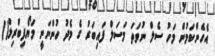
އެހެންކަމުން މަހު ސެލް ނުވަތަ މަސަލް ފައިބަރު ގެ މެދު ހުންނަނީ މަޔޯފިބްރިލް()